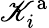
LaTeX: \mathscr{K}_{i}^{\mathrm{{a}}}